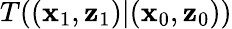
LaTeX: T((\mathbf{x}_{1},\mathbf{z}_{1})|(\mathbf{x}_{0},\mathbf{z}_{0}))